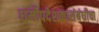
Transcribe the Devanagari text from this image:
धर्मोपदेशकासंबंधीचा